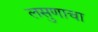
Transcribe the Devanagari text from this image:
लसुणाचा